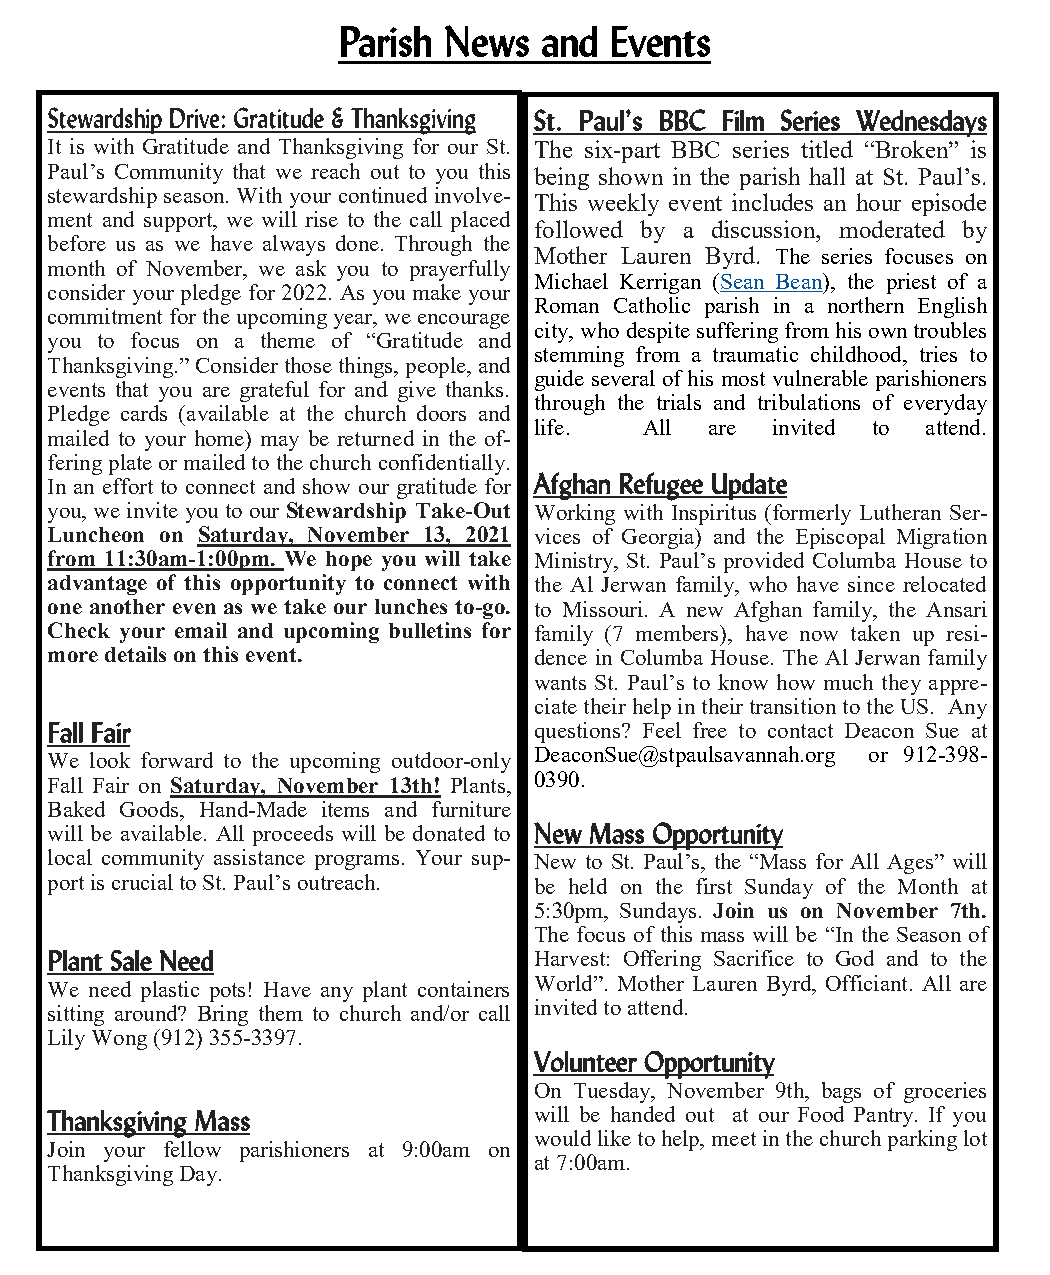
Parish News   and Events
 St. Paul’s BBC Film Series Wednesdays
 It is with Gratitude and Thanksgiving for our St. The six-part BBC series titled “Broken” is
 Paul’s Community that we reach out to you this being shown in the parish hall at St. Paul’s.
 stewardship season. With your continued involve-
 This weekly event includes an hour episode
 ment and support, we will rise to the call placed
 followed by a discussion, moderated by
 before us as we have always done. Through the
 Mother Lauren Byrd. The series focuses on
 month of November, we ask you to prayerfully
 Michael Kerrigan (Sean Bean), the priest of a
 consider your pledge for 2022. As you make your
 Roman Catholic parish in a northern English
 commitment for the upcoming year, we encourage
 city, who despite suffering from his own troubles
 you to focus on a theme of “Gratitude and
 stemming from a traumatic childhood, tries to
 Thanksgiving.” Consider those things, people, and
 guide several of his most vulnerable parishioners
 events that you are grateful for and give thanks.
 through the trials and tribulations of everyday
 Pledge cards (available at the church doors and
 life.   All are invited to attend.
 mailed to your home) may be returned in the of-
 fering plate or mailed to the church confidentially.
 In an effort to connect and show our gratitude for Afghan Refugee Update
 you, we invite you to our Stewardship Take-Out Working with Inspiritus (formerly Lutheran Ser-
 Luncheon on Saturday, November 13, 2021 vices of Georgia) and the Episcopal Migration
 from 11:30am-1:00pm. We hope you will take Ministry, St. Paul’s provided Columba House to
 advantage of this opportunity to connect with the Al Jerwan family, who have since relocated
 one another even as we take our lunches to-go. to Missouri. A new Afghan family, the Ansari
 Check your email and upcoming bulletins for family (7 members), have now taken up resi-
 more details on this event.     dence in Columba House. The Al Jerwan family
 wants St. Paul’s to know how much they appre-
 ciate their help in their transition to the US. Any
 Fall Fair                       questions? Feel free to contact Deacon Sue at
 We look forward to the upcoming outdoor-only DeaconSue@stpaulsavannah.org or 912-398-
 Fall Fair on Saturday, November 13th! Plants, 0390.
 Baked Goods, Hand-Made items and furniture
 will be available. All proceeds will be donated to New Mass Opportunity
 local community assistance programs. Your sup- New to St. Paul’s, the “Mass for All Ages” will
 port is crucial to St. Paul’s outreach. be held on the first Sunday of the Month at
 5:30pm, Sundays. Join us on November 7th.
 The focus of this mass will be “In the Season of
 Plant Sale Need                 Harvest: Offering Sacrifice to God and to the
 We need plastic pots! Have any plant containers World”. Mother Lauren Byrd, Officiant. All are
 sitting around? Bring them to church and/or call invited to attend.
 Lily Wong (912) 355-3397.
 Volunteer Opportunity
 On Tuesday, November 9th, bags of groceries
 Thanksgiving Mass               will be handed out at our Food Pantry. If you
 would like to help, meet in the church parking lot
 Join your fellow parishioners at 9:00am on
 at 7:00am.
 Thanksgiving Day.